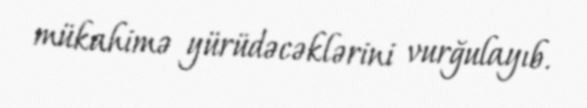
mükahimə yürüdəcəklərini vurğulayıb.